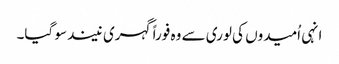
انہی اُمیدوں کی لوری سے وہ فوراً گہری نیند سو گیا۔